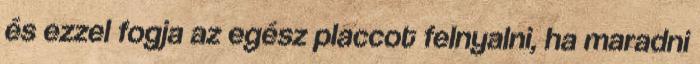
és ezzel fogja az egész placcot felnyalni, ha maradni